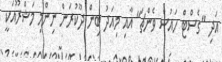
އަދި "ގެސްޓް ހައުސް ވެންޗަ" އާއި މިއަދު ބިން ދޫކުރަން ނިންމި މަޝްރޫއަކީ